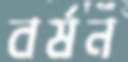
বর্ষন